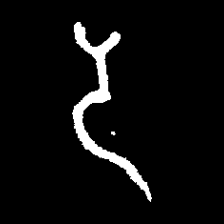
Pyu character \u2014 Myanmar letter: ဒ (romanized: da)